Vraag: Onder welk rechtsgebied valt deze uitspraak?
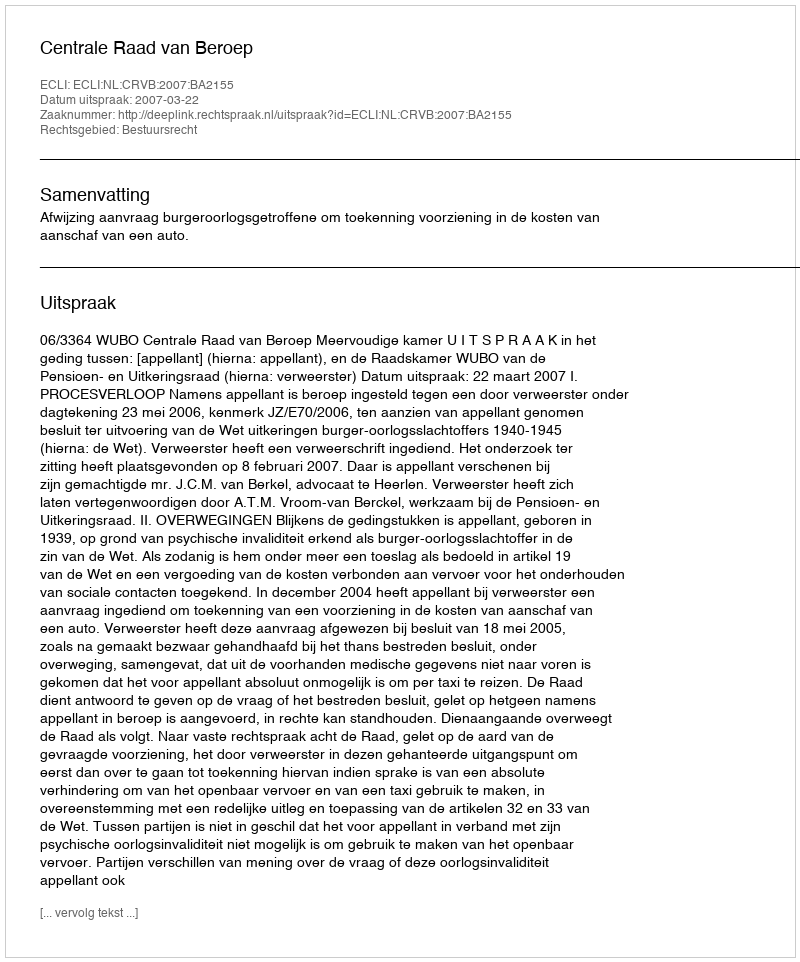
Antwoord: Bestuursrecht